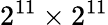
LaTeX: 2^{11}\times 2^{11}